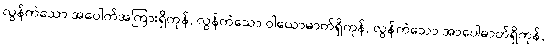
လွန်ကဲသော အပေါက်အကြားရှိကုန်, လွန်ကဲသော ဝါယောဓာတ်ရှိကုန်, လွန်ကဲသော အာပေါဓာတ်ရှိကုန်,